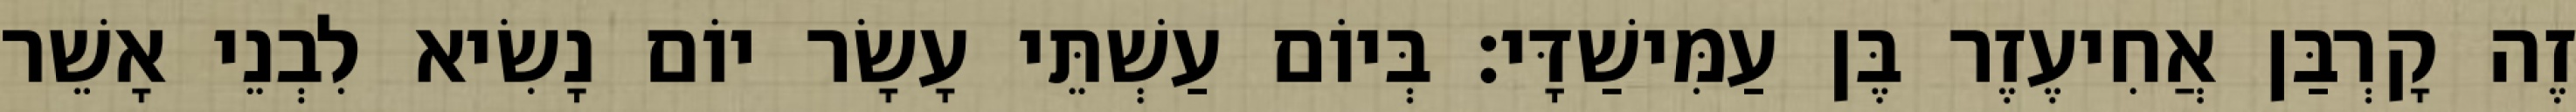
זֶה קָרְבַּן אֲחִיעֶזֶר בֶּן עַמִּישַׁדָּי׃ בְּיוֹם עַשְׁתֵּי עָשָׂר יוֹם נָשִׂיא לִבְנֵי אָשֵׁר